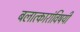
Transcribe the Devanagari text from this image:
बलात्कारांविषयी